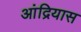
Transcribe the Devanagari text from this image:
आंद्रियास